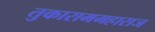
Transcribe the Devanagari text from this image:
तुकाराममहाराज